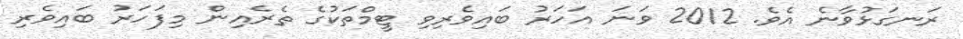
ރަނގަޅުވާނެ އެވެ. 2012 ވަނަ އަހަރު ބައިވެރިވި ޓީމްތަކުގެ ތެރެއިން މިފަހަރު ބައިވެރި